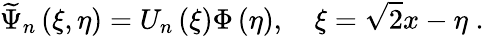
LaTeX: \widetilde{\Psi}_{n}\left(\xi,\eta\right)=U_{n}\left(\xi\right)\Phi\left(\eta\right),\quad\xi=\sqrt{2}x-\eta\; .